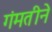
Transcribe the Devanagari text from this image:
गंमतीने